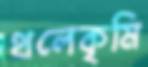
থলেকৃমি